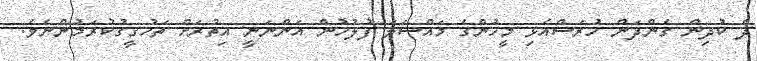
ދެ ކުދިން ގެންދަން ހުރަސްއެޅި މީހުންގެ މައްސަލަ ފުލުހުން އަންނަނީ އިތުރަށް ތަހުގީގުކުރަމުންނެވެ.